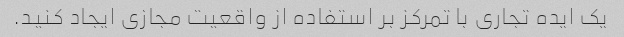
یک ایده تجاری با تمرکز بر استفاده از واقعیت مجازی ایجاد کنید.